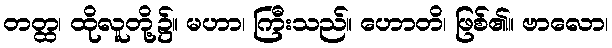
တတ္ထ၊ ထိုလူတို့၌။ မဟာ၊ ကြီးသည်။ ဟောတိ၊ ဖြစ်၏။ ဗာလော၊